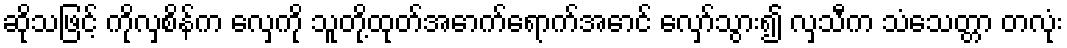
ဆိုသဖြင့် ကိုလှစိန်က လှေကို သူတို့ထုတ်အောက်ရောက်အောင် လှော်သွား၍ လှသီက သံသေတ္တာ တလုံး